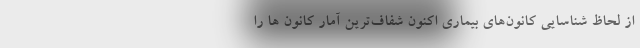
از لحاظ شناسایی کانون‌های بیماری اکنون شفاف‌ترین آمار کانون ها را